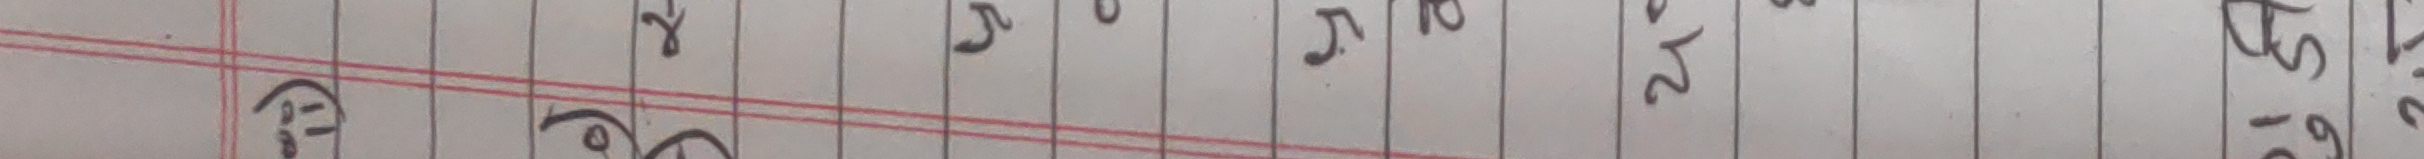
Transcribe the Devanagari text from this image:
(३) ठुलो १२, ५०, १६